Lunatic asylums Central Provinces reports 1910-1926 - 1910-1926
Year: 1910
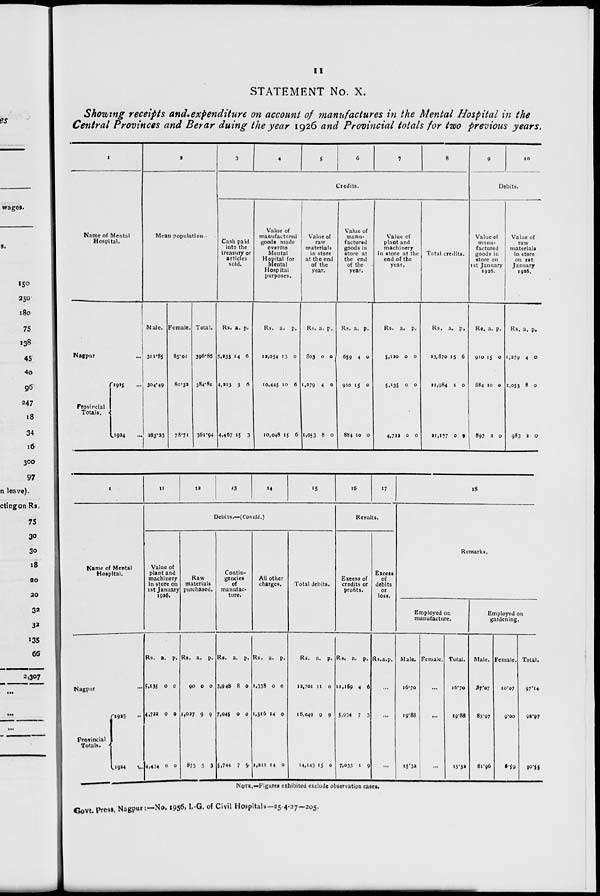
11
STATEMENT No. X.
Showing receipts and expenditure on account of manufactures in the Mental Hospital in the
Central Provinces and Berar duing the year 1926 and Provincial totals for two previous years.
1
Name of Mental
Hospital.
Nagpur ...
Provincial
Totals.
1925 ...
1924 ...
2
Mean population.
Male.
311.85
304.49
283.23
Female.
85.01
80.32
78.71
Total.
396.86
384.81
361.94
3
4
5
6
7
8
Credits.
Cash paid
into the
treasury or
articles
sold.
Rs.
5,233
4,213
4,467
a.
14
3
15
p.
6
6
3
Value of
manufactured
goods made
over to
Mental
Hopital for
Mental
Hospital
purposes.
Rs.
12,054
10,445
10,048
a.
13
10
15
p.
0
6
6
Value of
raw
materials
in store
at the end
of the
year.
Rs.
803
1,279
1,053
a.
0
4
8
p.
0
0
0
Value of
manu-
factured
goods in
store at
the end
of the
year.
Rs.
659
910
884
a.
4
15
10
p.
0
0
0
Value of
plant and
machinery
in store at the
end of the
year.
Rs.
5,120
5,135
4,722
a.
0
0
0
p.
0
0
0
Total credits.
Rs.
23,870
21,984
21,177
a.
15
1
0
p.
6
0
9
9
10
Debits.
Value of
manu-
factured
goods in
store on
1st January
1926.
Rs.
910
884
897
a.
15
10
2
p.
0
0
0
Value of
raw
materials
in store
on 1st
January
1926.
Rs.
1,279
1,053
983
a.
4
8
2
p.
0
0
0
1
Name of Mental
Hospital.
Nagpur ...
Provincial
Totals.
1925
...
1924 ...
11
12
13
14
15
Debits.—(Concld.)
Value of
plant and
machinery
in store on
1st January
1926.
Rs.
5,135
4,722
4,434
a.
0
0
0
p.
0
0
0
Raw
materials
purchased.
Rs.
90
1,027
873
a.
0
9
5
p.
0
9
3
Contin-
gencies
of
manufac-
ture.
Rs.
3,948
7,045
5,744
a.
8
0
7
p.
0
0
9
All other
charges.
Rs.
1,338
1,316
1,211
a.
0
14
14
p.
0
0
0
Total debits.
Rs.
12,701
16,049
14,143
a.
11
9
15
p.
0
9
0
16
17
Results.
Excess of
credits or
profits.
Rs.
11,169
5,934
7,033
a.
4
7
1
p.
6
3
9
Excess
of
debits
or
loss.
Rs. a. p.
...
...
...
18
Remarks.
Employed on
manufacture.
Male.
16.70
19.88
15.32
Female.
...
...
...
Total.
16.70
19.88
15.32
Employed on
gardening.
Male.
87.07
83.97
81.96
Female.
10.07
9.00
8.59
Total.
97.14
92.97
90.55
NOTE.–Figures exhibited exclude observation cases.
Govt. Press, Nagpur :-No. 1956, I.-G. of Civil Hospitals—25-4-27—205.